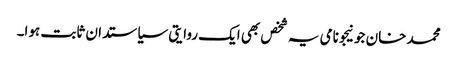
محمد خان جونیجو نامی یہ شخص بھی ایک روایتی سیاستدان ثابت ہوا۔